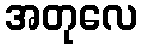
အတုလေ